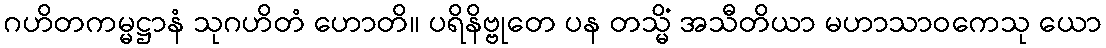
ဂဟိတကမ္မဋ္ဌာနံ သုဂဟိတံ ဟောတိ။ ပရိနိဗ္ဗုတေ ပန တသ္မိံ အသီတိယာ မဟာသာဝကေသု ယော